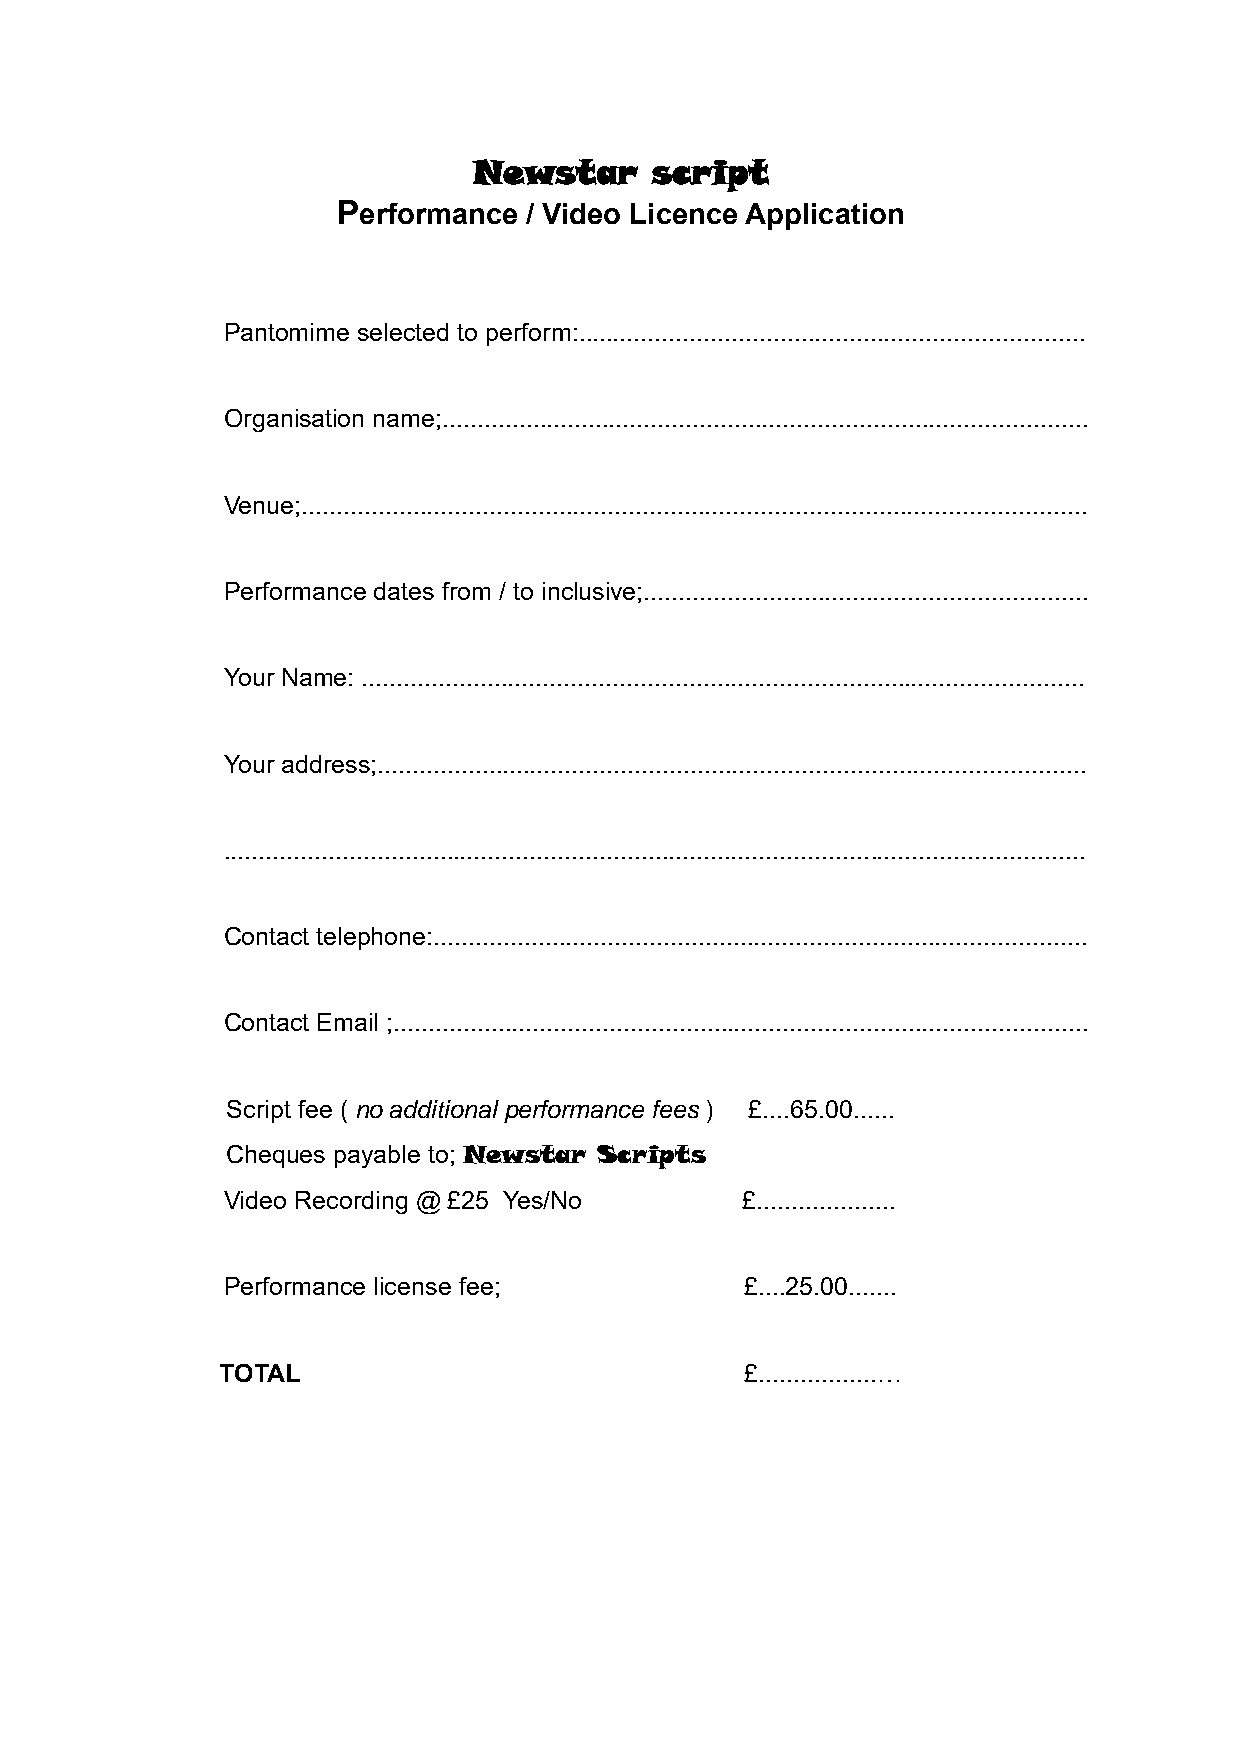
Newstar     script
 Performance  / Video Licence Application
 Pantomime selected to perform:.........................................................................
 Organisation name;.............................................................................................
 Venue;.................................................................................................................
 Performance dates from / to inclusive;................................................................
 Your Name: ........................................................................................................
 Your address;......................................................................................................
 ............................................................................................................................
 Contact telephone:..............................................................................................
 Contact Email ;....................................................................................................
 Script fee ( no additional performance fees ) £....65.00......
 Cheques payable to; Newstar Scripts
 Video Recording @ £25 Yes/No      £....................
 Performance license fee;          £....25.00.......
 TOTAL                             £.................…